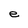
Character: e